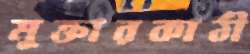
মুক্তারকাঠী